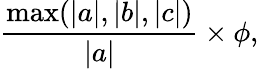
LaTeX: {\frac{\operatorname*{max}(|a|,|b|,|c|)}{|a|}}\times\phi,